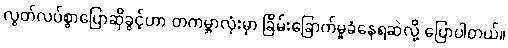
လွတ်လပ်စွာပြောဆိုခွင့်ဟာ တကမ္ဘာလုံးမှာ ခြိမ်းခြောက်မှုခံနေရဆဲလို့ ပြောပါတယ်။